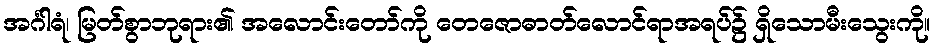
အင်္ဂါရံ၊ မြတ်စွာဘုရား၏ အလောင်းတော်ကို တေဇောဓာတ်လောင်ရာအရပ်၌ ရှိသောမီးသွေးကို။